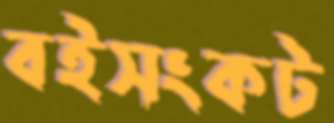
বইসংকট